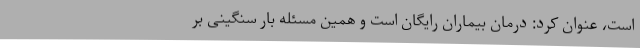
است، عنوان کرد: درمان بیماران رایگان است و همین مسئله بار سنگینی بر